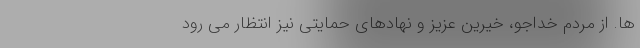
ها. از مردم خداجو، خیرّین عزیز و نهادهای حمایتی نیز انتظار می رود